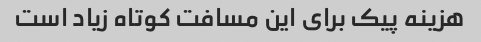
هزینه پیک برای این مسافت کوتاه زیاد است